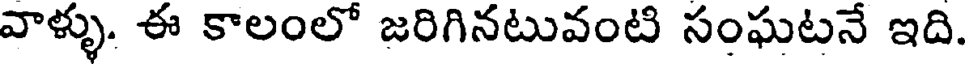
వాళ్ళు. ఈ కాలంలో జరిగినటువంటి సంఘటనే ఇది.